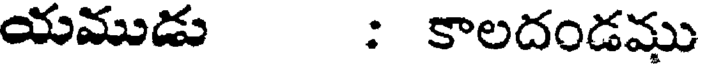
యముడు : కాలదండము